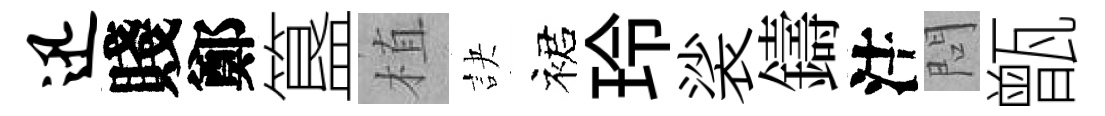
迅賤鄭簋植訣裙玲裟鑄注問甑